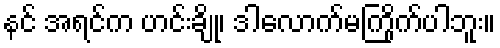
နင် အရင်က ဟင်းချို၊ ဒါလောက်မကြိုက်ပါဘူး။